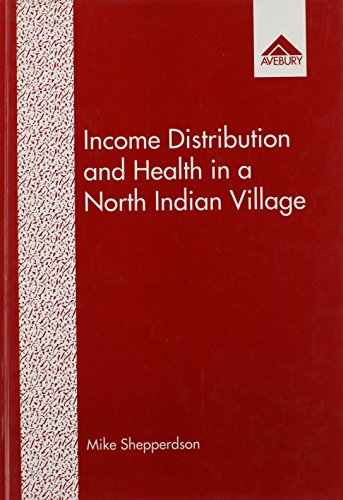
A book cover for Income Distribution and Health in a North Indian Village; Mike Shepperdson; Medical Books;